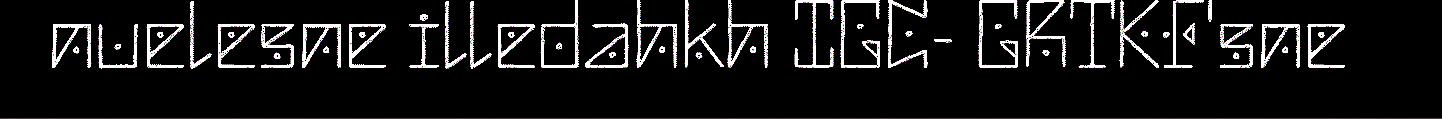
nuelesne illedahkh IGC- GRTKF'sne